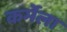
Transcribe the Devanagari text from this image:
कर्मेला